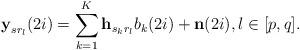
LaTeX: \begin{align*}\textbf{y}_{sr_l}(2i)=\sum\limits_{k=1}^K \textbf{h}_{s_kr_l}b_k(2i)+\textbf{n}(2i),l\in[p,q].\end{align*}